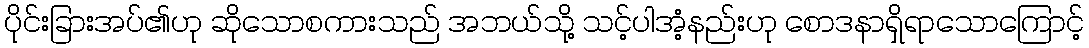
ပိုင်းခြားအပ်၏ဟု ဆိုသောစကားသည် အဘယ်သို့ သင့်ပါအံ့နည်းဟု စောဒနာရှိရာသောကြောင့်